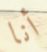
أنا